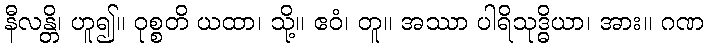
နီလန္တိ၊ ဟူ၍။ ဝုစ္စတိ ယထာ၊ သို့။ ဧဝံ၊ တူ။ အဿာ ပါရိသုဒ္ဓိယာ၊ အား။ ဂဏ